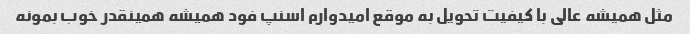
مثل همیشه عالی با کیفیت تحویل به موقع امیدوارم اسنپ فود همیشه همینقدر خوب بمونه